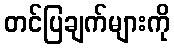
တင်ပြချက်များကို